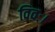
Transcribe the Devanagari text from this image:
विवः।